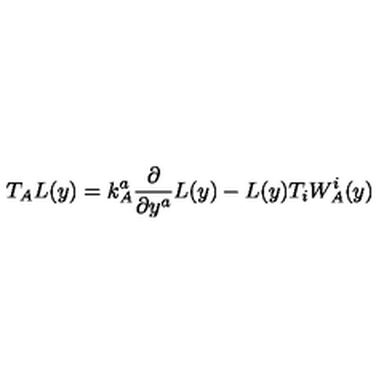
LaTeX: T _ { A } L ( y ) = k _ { A } ^ { a } \frac { \partial } { \partial y ^ { a } } L ( y ) - L ( y ) T _ { i } W _ { A } ^ { i } ( y )